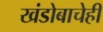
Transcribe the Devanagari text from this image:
खंडोबाचेही